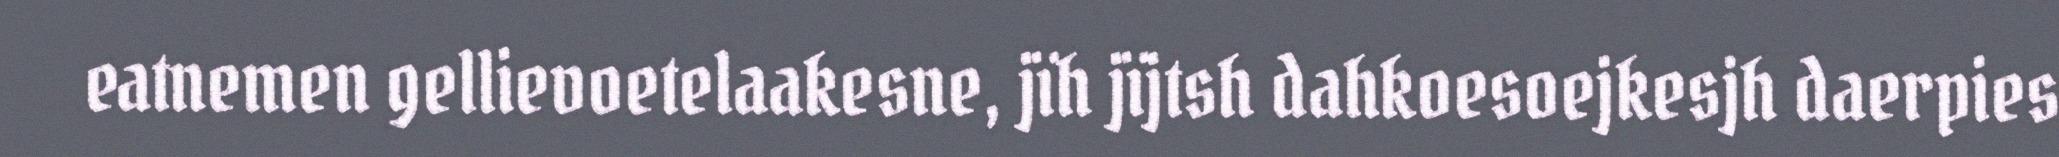
eatnemen gellievoetelaakesne, jïh jïjtsh dahkoesoejkesjh daerpies